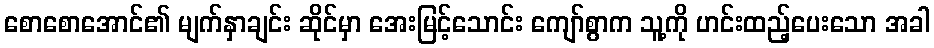
စောစောအောင်၏ မျက်နှာချင်း ဆိုင်မှာ အေးမြင့်သောင်း ကျော်စွာက သူ့ကို ဟင်းထည့်ပေးသော အခါ